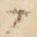
候